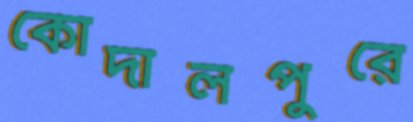
কোদালপুরে